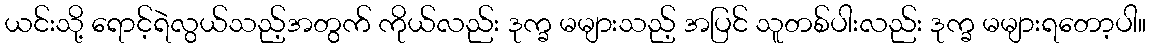
ယင်းသို့ ရောင့်ရဲလွယ်သည့်အတွက် ကိုယ်လည်း ဒုက္ခ မများသည့် အပြင် သူတစ်ပါးလည်း ဒုက္ခ မများရတော့ပါ။